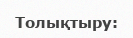
Толықтыру: